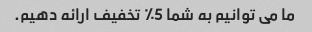
ما می توانیم به شما 5٪ تخفیف ارائه دهیم.